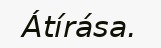
Átírása.